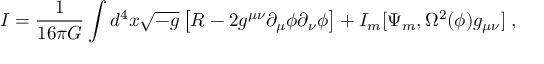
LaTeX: { I } = \frac { 1 } { 1 6 \pi G } \int d ^ { 4 } x \sqrt { - g } \left[ R - 2 g ^ { \mu \nu } \partial _ { \mu } \phi \partial _ { \nu } \phi \right] + I _ { m } [ \Psi _ { m } , \Omega ^ { 2 } ( \phi ) g _ { \mu \nu } ] \; ,